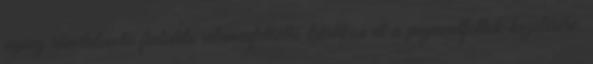
aging ránctalanító fiatalító vitaminfeltöltő kúrákon át a pigmentfoltok kezelésére.